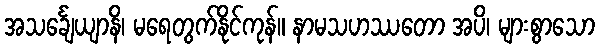
အသင်္ချေယျာနိ၊ မရေတွက်နိုင်ကုန်။ နာမသဟဿတော အပိ၊ များစွာသော